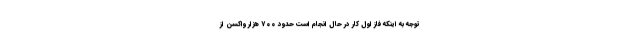
توجه به اینکه فاز اول کار در حال انجام است حدود ٧٠٠ هزار واکسن از